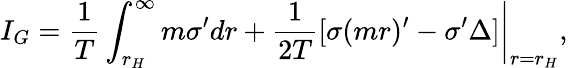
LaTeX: I_{G}=\frac{1}{T}\int_{r_{H}}^{\infty}m\sigma^{\prime}dr+\left.\frac{1}{2T}[\sigma(mr)^{\prime}-\sigma^{\prime}\Delta]\right|_{r=r_{H}},